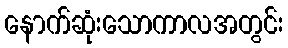
နောက်ဆုံးသောကာလအတွင်း